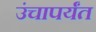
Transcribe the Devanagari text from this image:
उंचापर्यंत